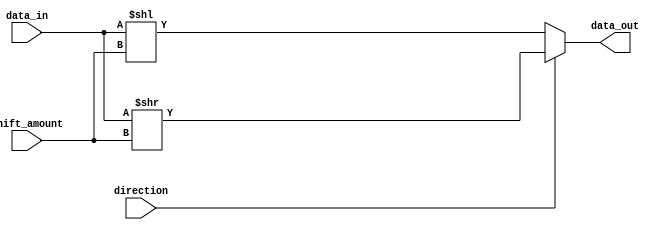
module barrel_shifter(input [7:0] data_in,
                       input [2:0] shift_amount,
                       input direction,
                       output reg [7:0] data_out);

  always @(*) begin
    if (direction) begin // Right shift
      data_out = data_in >> shift_amount;
    end else begin // Left shift
      data_out = data_in << shift_amount;
    end
  end

endmodule